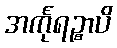
အင်္ကုရဉ္စာပိ